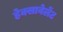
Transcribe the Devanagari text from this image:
हेक्सावेलेंट